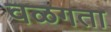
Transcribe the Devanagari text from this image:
वळगता